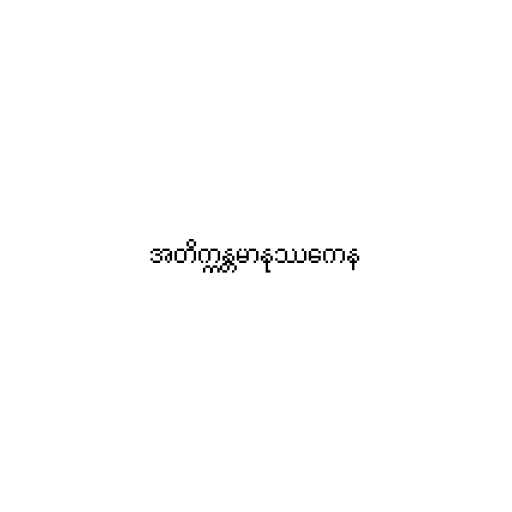
အတိက္ကန္တမာနုဿကေန